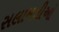
સલામતીઓ